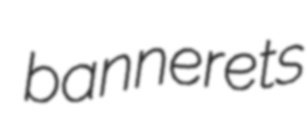
bannerets